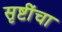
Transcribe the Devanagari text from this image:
सृष्टींचा